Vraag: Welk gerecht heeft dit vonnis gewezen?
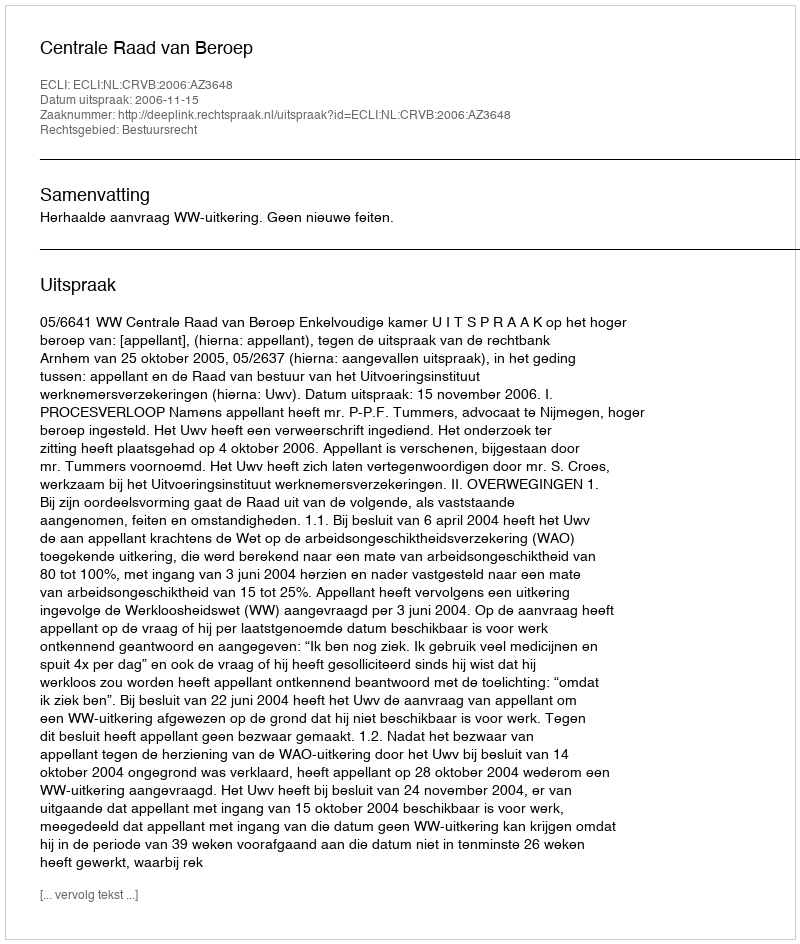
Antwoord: Centrale Raad van Beroep